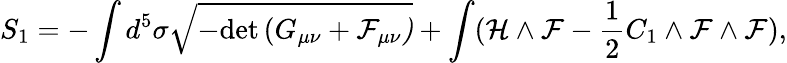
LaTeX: S_{1}=-\int d^{5}\sigma\sqrt{-\mathrm{det}\, (G_{\mu\nu}+\cal F_{\mu\nu})}+\int({\cal H}\wedge{\cal F}-\frac{1}{2}C_{1}\wedge{\cal F}\wedge{\cal F}),